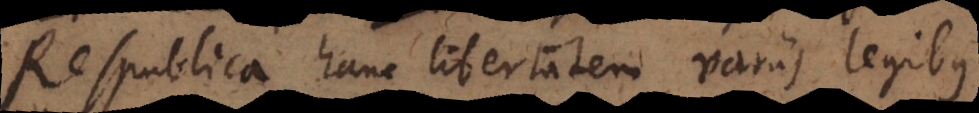
Respublica hanc libertatem variis legibus